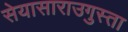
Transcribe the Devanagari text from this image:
सेयासाराउगुस्ता